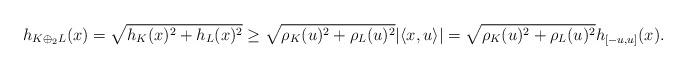
LaTeX: \begin{align*}h_{K\oplus_2L}(x)=\sqrt{h_K(x)^2+h_L(x)^2}\ge \sqrt{\rho_K(u)^2+\rho_L(u)^2}|\langle x,u\rangle|=\sqrt{\rho_K(u)^2+\rho_L(u)^2}h_{[-u,u]}(x).\end{align*}